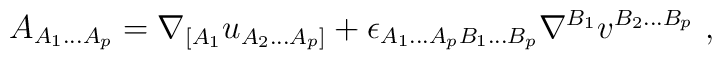
A_{A_1...A_p} = \nabla_{[A_1}u_{A_2...A_p]} +\epsilon_{A_1...A_pB_1...B_p}\nabla^{B_1} v^{B_2...B_p}\ ,